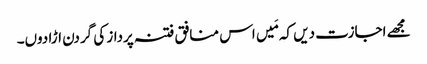
مجھے اجازت دیں کہ مَیں اس منافق فتنہ پرداز کی گردن اڑا دوں۔